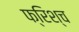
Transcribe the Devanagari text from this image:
फ्रिश्च